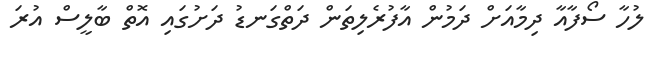
ލުހާ ސޯފާއާ ދިމާއަށް ދަމުން އާފުރެލިތަން ދަތްގަނޑު ދަށުގައި އޮތް ބާލީސް އުރަ